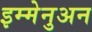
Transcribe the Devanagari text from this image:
इम्मेनुअन